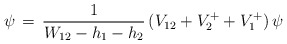
\begin{align*}\,\psi\,=\,{1\over W_{12}-h_1-h_2}\,(V_{12}+V^+_2+V^+_1)\,\psi\end{align*}